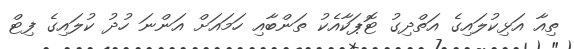
ތިއާ އަޅިކުލައިގެ އަތްދިގު ޓޮޕަކާއެކު ތަންބާއި ހަމައަށް އަންނަ ހުދު ކުލައިގެ ފިޓް